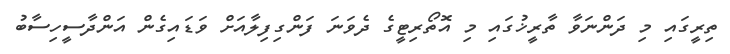
ތިރީގައި މި ދަންނަވާ ތާރީޚުގައި މި އޮތޯރިޓީގެ ދެވަނަ ފަންގިފިލާއަށް ވަޑައިގެން އަންދާސީހިސާބު